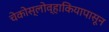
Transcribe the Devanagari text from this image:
चेकोस्लोव्हाकियापासून